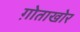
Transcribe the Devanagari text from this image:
ग़ोताखोर